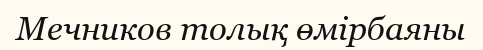
Мечников толық өмірбаяны